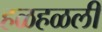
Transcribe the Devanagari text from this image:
हळहळली